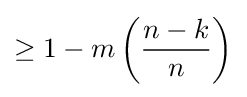
\geq 1-m\left({\dfrac {n-k}{n}}\right)